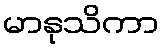
မာနုသိကာ